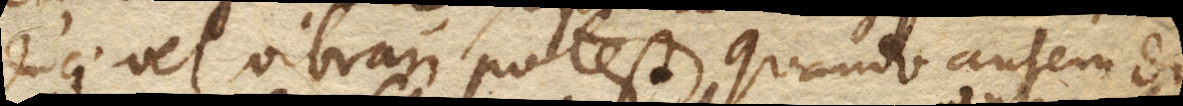
duci vel vibrari potest. Quando autem di–